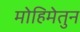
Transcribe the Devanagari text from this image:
मोहिमेतुन